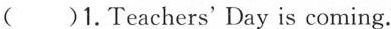
( )1.Teachers' Day is coming.